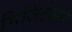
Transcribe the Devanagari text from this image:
भिजिटेशन